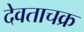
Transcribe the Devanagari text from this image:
देवताचक्र